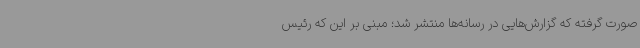
صورت گرفته که گزارش‌هایی در رسانه‌ها منتشر شد؛ مبنی بر این که رئیس